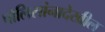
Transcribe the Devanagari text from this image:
पोलिसांनादेखील